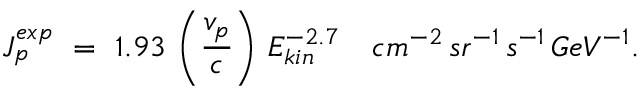
J _ { p } ^ { e x p } \ = \ 1 . 9 3 \, \left( \frac { v _ { p } } { c } \right) \, E _ { k i n } ^ { - 2 . 7 } \ \ \ c m ^ { - 2 } \, s r ^ { - 1 } \, s ^ { - 1 } \, G e V ^ { - 1 } .